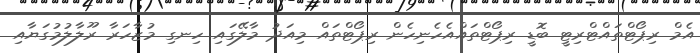
އެމް ރިޕޯޓްތައްޓްރިޓީ ބޮޑީ ރިޕޯޓްތައްއެހެނިހެން ރިޕޯޓްތައް މިއަދު މާލޭގައި ހިނގި މުޒާހަރާ ރޫލާލުމުގަޔާއި